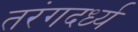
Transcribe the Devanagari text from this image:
तरंगदर्ध्य